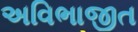
અવિભાજીત